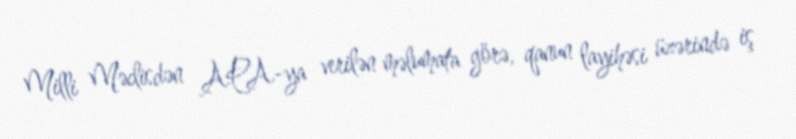
Milli Məclisdən APA-ya verilən məlumata görə, qanun layihəsi üzərində iş